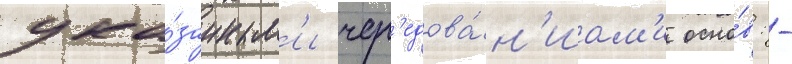
ука́занным'и чер'едова́н'иам'и осно́в: -